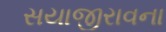
સયાજીરાવના